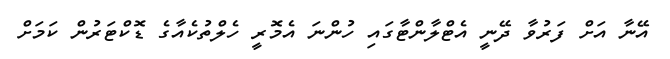
އޭނާ އަށް ފަރުވާ ދޭނީ އެޓްލާންޓާގައި ހުންނަ އެމޮރީ ހެލްތުކެއާގެ ޑޮކްޓަރުން ކަމަށް